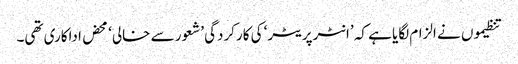
تنظیموں نے الزام لگایا ہے کہ ’انٹرپریٹر‘ کی کارکردگی ’شعور سے خالی‘ محض اداکاری تھی۔